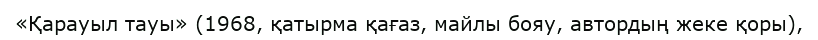
«Қарауыл тауы» (1968, қатырма қағаз, майлы бояу, автордың жеке қоры),